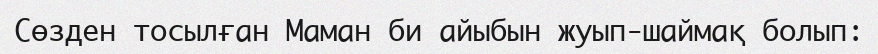
Сөзден тосылған Маман би айыбын жуып-шаймақ болып: